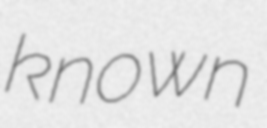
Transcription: known